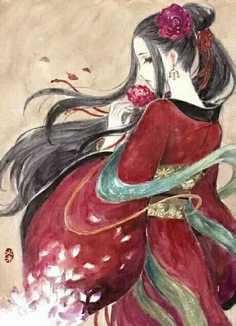
起来搔首，梅影横窗瘦。